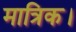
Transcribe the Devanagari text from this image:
मात्रिक।